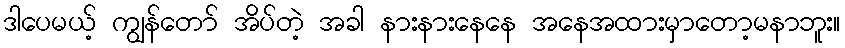
ဒါပေမယ့် ကျွန်တော် အိပ်တဲ့ အခါ နားနားနေနေ အနေအထားမှာတော့မနာဘူး။